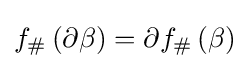
f_{\#}\left(\partial \beta \right)=\partial f_{\#}\left(\beta \right)